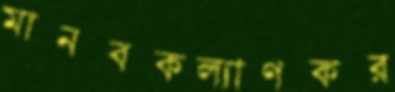
মানবকল্যাণকর